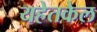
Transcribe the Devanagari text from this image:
यहेतकेल